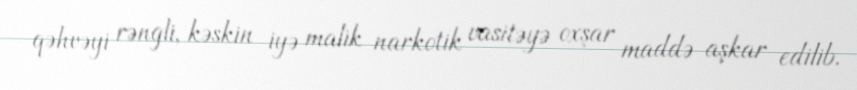
qəhvəyi rəngli, kəskin iyə malik narkotik vasitəyə oxşar maddə aşkar edilib.